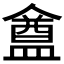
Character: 𥂝